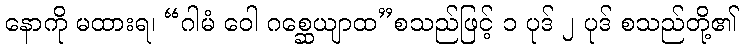
နောကို မထားရ၊ “ဂါမံ ဝေါ ဂစ္ဆေယျာထ”စသည်ဖြင့် ၁ ပုဒ် ၂ ပုဒ် စသည်တို့၏